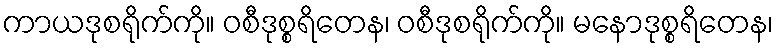
ကာယဒုစရိုက်ကို။ ဝစီဒုစ္စရိတေန၊ ဝစီဒုစရိုက်ကို။ မနောဒုစ္စရိတေန၊